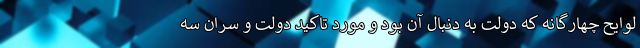
لوایح چهارگانه که دولت به دنبال آن بود و مورد تاکید دولت و سران سه